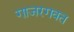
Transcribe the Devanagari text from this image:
गाजरगवत